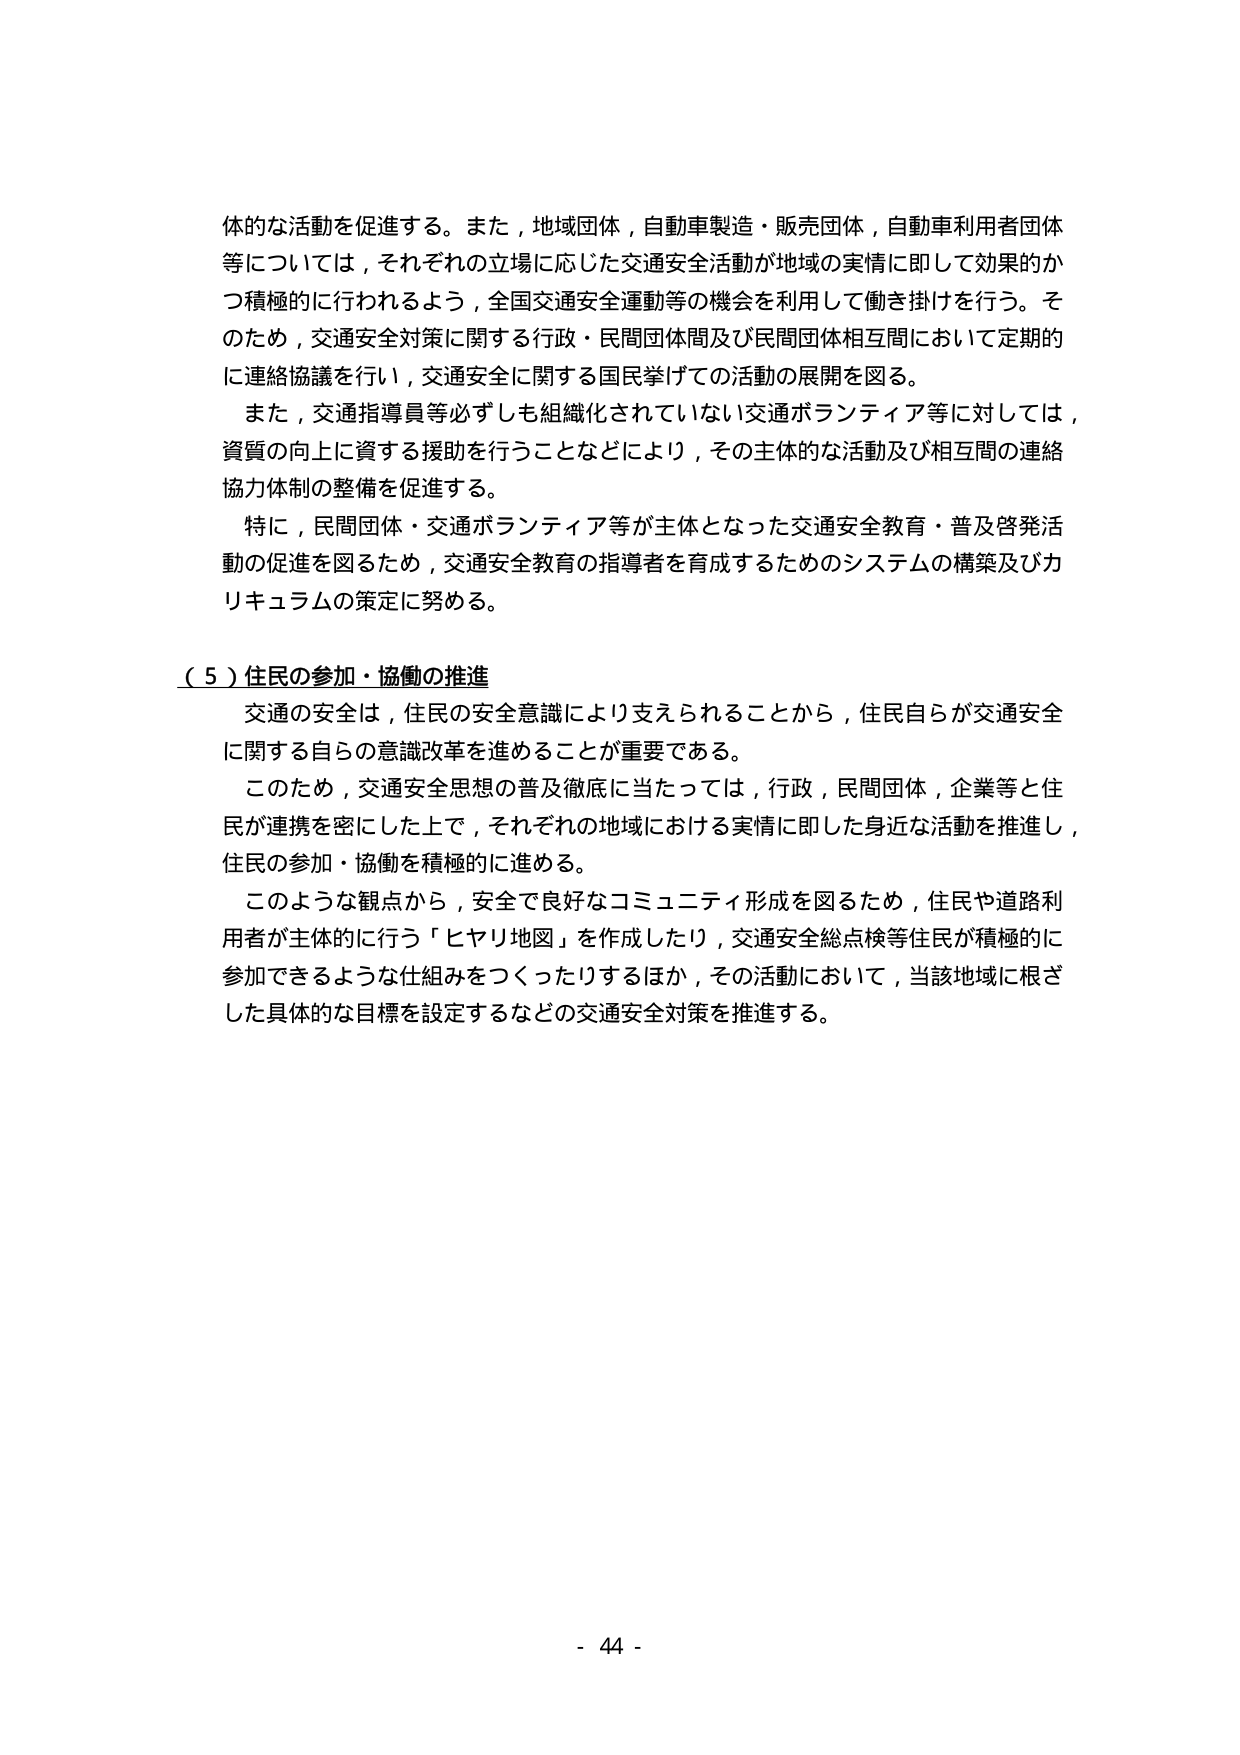
体的な活動を促進する。また，地域団体，自動車製造・販売団体，自動車利用者団体等については，それぞれの立場に応じた交通安全活動が地域の実情に即して効果的かつ積極的に行われるよう，全国交通安全運動等の機会を利用して働き掛けを行う。そのため，交通安全対策に関する行政・民間団体間及び民間団体相互間において定期的に連絡協議を行い，交通安全に関する国民挙げての活動の展開を図る。

また，交通指導員等必ずしも組織化されていない交通ボランティア等に対しては，資質の向上に資する援助を行うことなどにより，その主体的な活動及び相互間の連絡協力体制の整備を促進する。

特に，民間団体・交通ボランティア等が主体となった交通安全教育・普及啓発活動の促進を図るため，交通安全教育の指導者を育成するためのシステムの構築及びカリキュラムの策定に努める。

（５）住民の参加・協働の推進

交通の安全は，住民の安全意識により支えられることから，住民自らが交通安全に関する自らの意識改革を進めることが重要である。

このため，交通安全思想の普及徹底に当たっては，行政，民間団体，企業等と住民が連携を密にした上で，それぞれの地域における実情に即した身近な活動を推進し，住民の参加・協働を積極的に進める。

このような観点から，安全で良好なコミュニティ形成を図るため，住民や道路利用者が主体的に行う「ヒヤリ地図」を作成したり，交通安全総点検等住民が積極的に参加できるような仕組みをつくったりするほか，その活動において，当該地域に根ざした具体的な目標を設定するなどの交通安全対策を推進する。

- 44 -